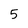
Character: 5